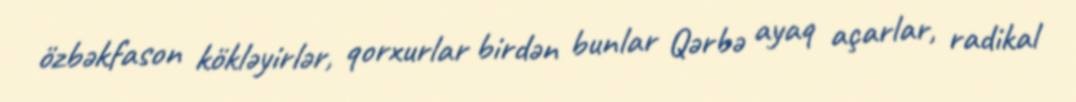
özbəkfason kökləyirlər, qorxurlar birdən bunlar Qərbə ayaq açarlar, radikal